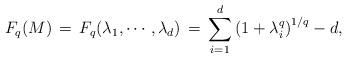
LaTeX: \begin{align*} F_q(M)\,=\,F_q(\lambda_1,\cdots,\lambda_d)\,=\,\sum_{i=1}^d\left(1+ \lambda_i^q\right)^{1/q} - d,\end{align*}